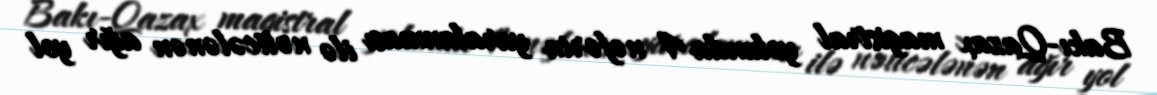
Bakı-Qazax magistral yolunda 4 nəfərin yaralanması ilə nəticələnən ağır yol